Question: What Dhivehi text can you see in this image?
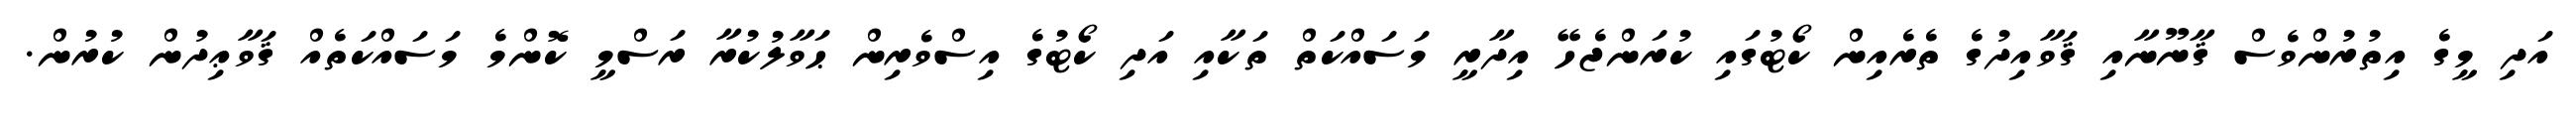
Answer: އަދި މީގެ އިތުރުންވެސް ޤާނޫނާއި ޤަވާއިދުގެ ތެރެއިން ކޯޓުގައި ކުރަންޖެހޭ އިދާރީ މަސައްކަތް ތަކާއި އަދި ކޯޓުގެ އިސްވެރިން ޙަވާލުކުރާ ރަސްމީ ކޮންމެ މަސައްކަތެއް ޤަވާޢިދުން ކުރުން.